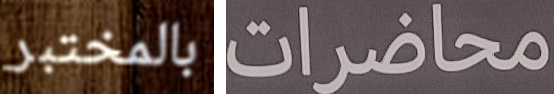
بالمختبر محاضرات